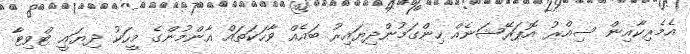
އެމެރިކާއިން ސިއްރު އޮޕަރޭޝަނެއް ހިންގަމުންދިޔައިރު ބައެއް ވާހަކަތައް އާންމުންގެ މީހަކު ދިޔައީ ޓްވިޓާ